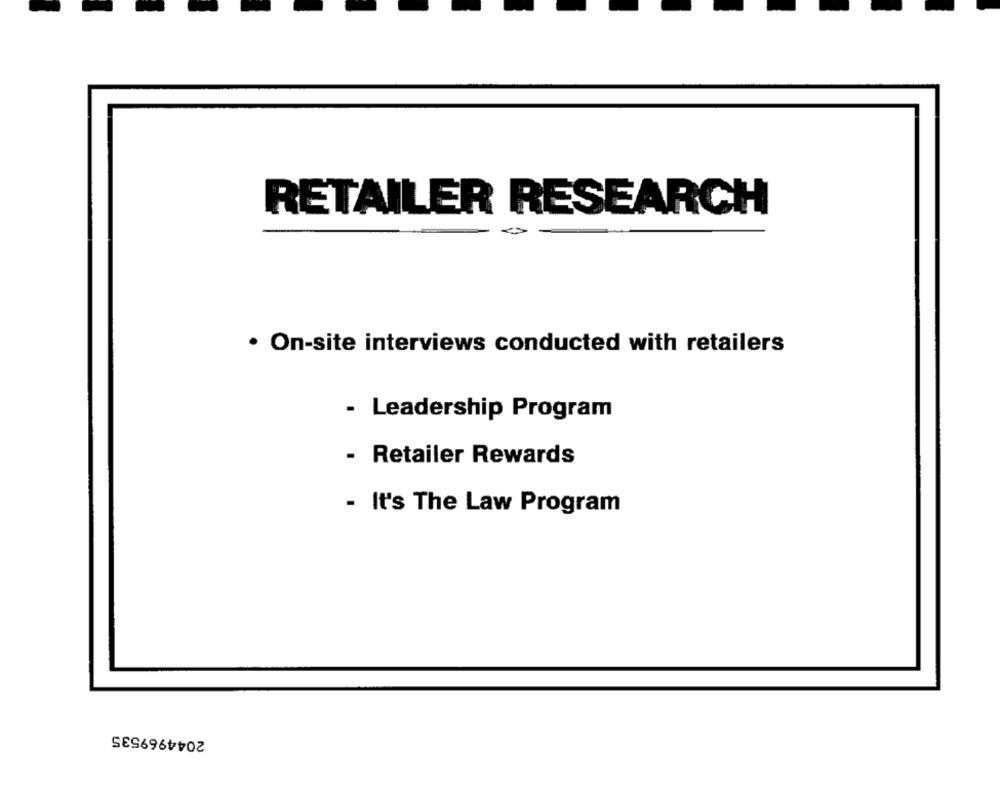
RETAILER RESEARCH
· On-site interviews conducted with retailers
- Leadership Program
- Retailer Rewards
- It's The Law Program
2044969535